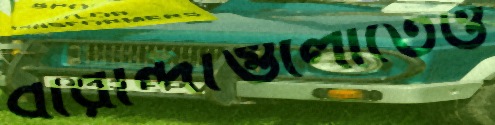
বারান্দাগুলোতেও